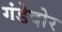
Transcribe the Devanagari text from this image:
गंडेदोर